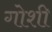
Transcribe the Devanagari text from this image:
गोशी